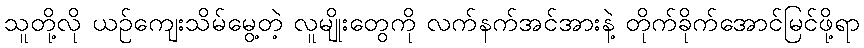
သူတို့လို ယဉ်ကျေးသိမ်မွေ့တဲ့ လူမျိုးတွေကို လက်နက်အင်အားနဲ့ တိုက်ခိုက်အောင်မြင်ဖို့ရာ